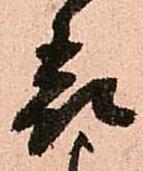
表